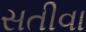
સતીવા